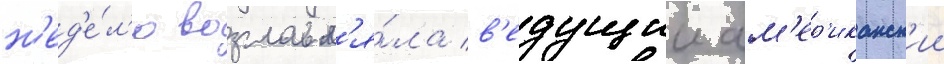
н'ед'е́л'ю возглавл'я́ла в'едущии ам'ер'иканск'ии